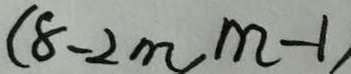
( 8 - 2 m m - 1 )